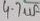
Text: 4.7uf